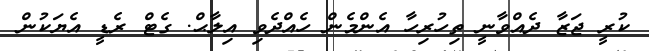
ކުރީ ޖަޒާ ދެއްވާނީ ތިހުރިހާ އެންމެން ހެއްދެވި އިލާޙް. ގެޓް ރެޑީ އެޔަކުން